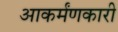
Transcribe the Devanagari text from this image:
आकर्मंणकारी